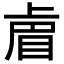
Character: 𭾴